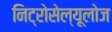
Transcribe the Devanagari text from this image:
निट्रोसेल्यूलोज